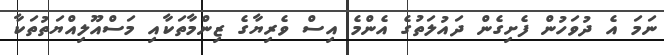
ނަމަ އެ ދުވަހުން ފެށިގެން ދައުލަތުގެ އެންމެ އިސް ވެރިޔާގެ ޒިންމާތަކާއި މަސްއޫލިއްޔަތުތަކާ